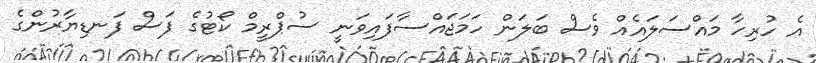
އެ ހުރިހާ މައްސަލައެއް ވެސް ބަލަން ހަމަޖައްސާފައިވަނީ ސުޕްރީމް ކޯޓުގެ ފަސް ފަނޑިޔާރުންގެ